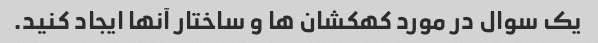
یک سوال در مورد کهکشان ها و ساختار آنها ایجاد کنید.